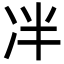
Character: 冸